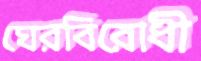
ঘেরবিরোধী